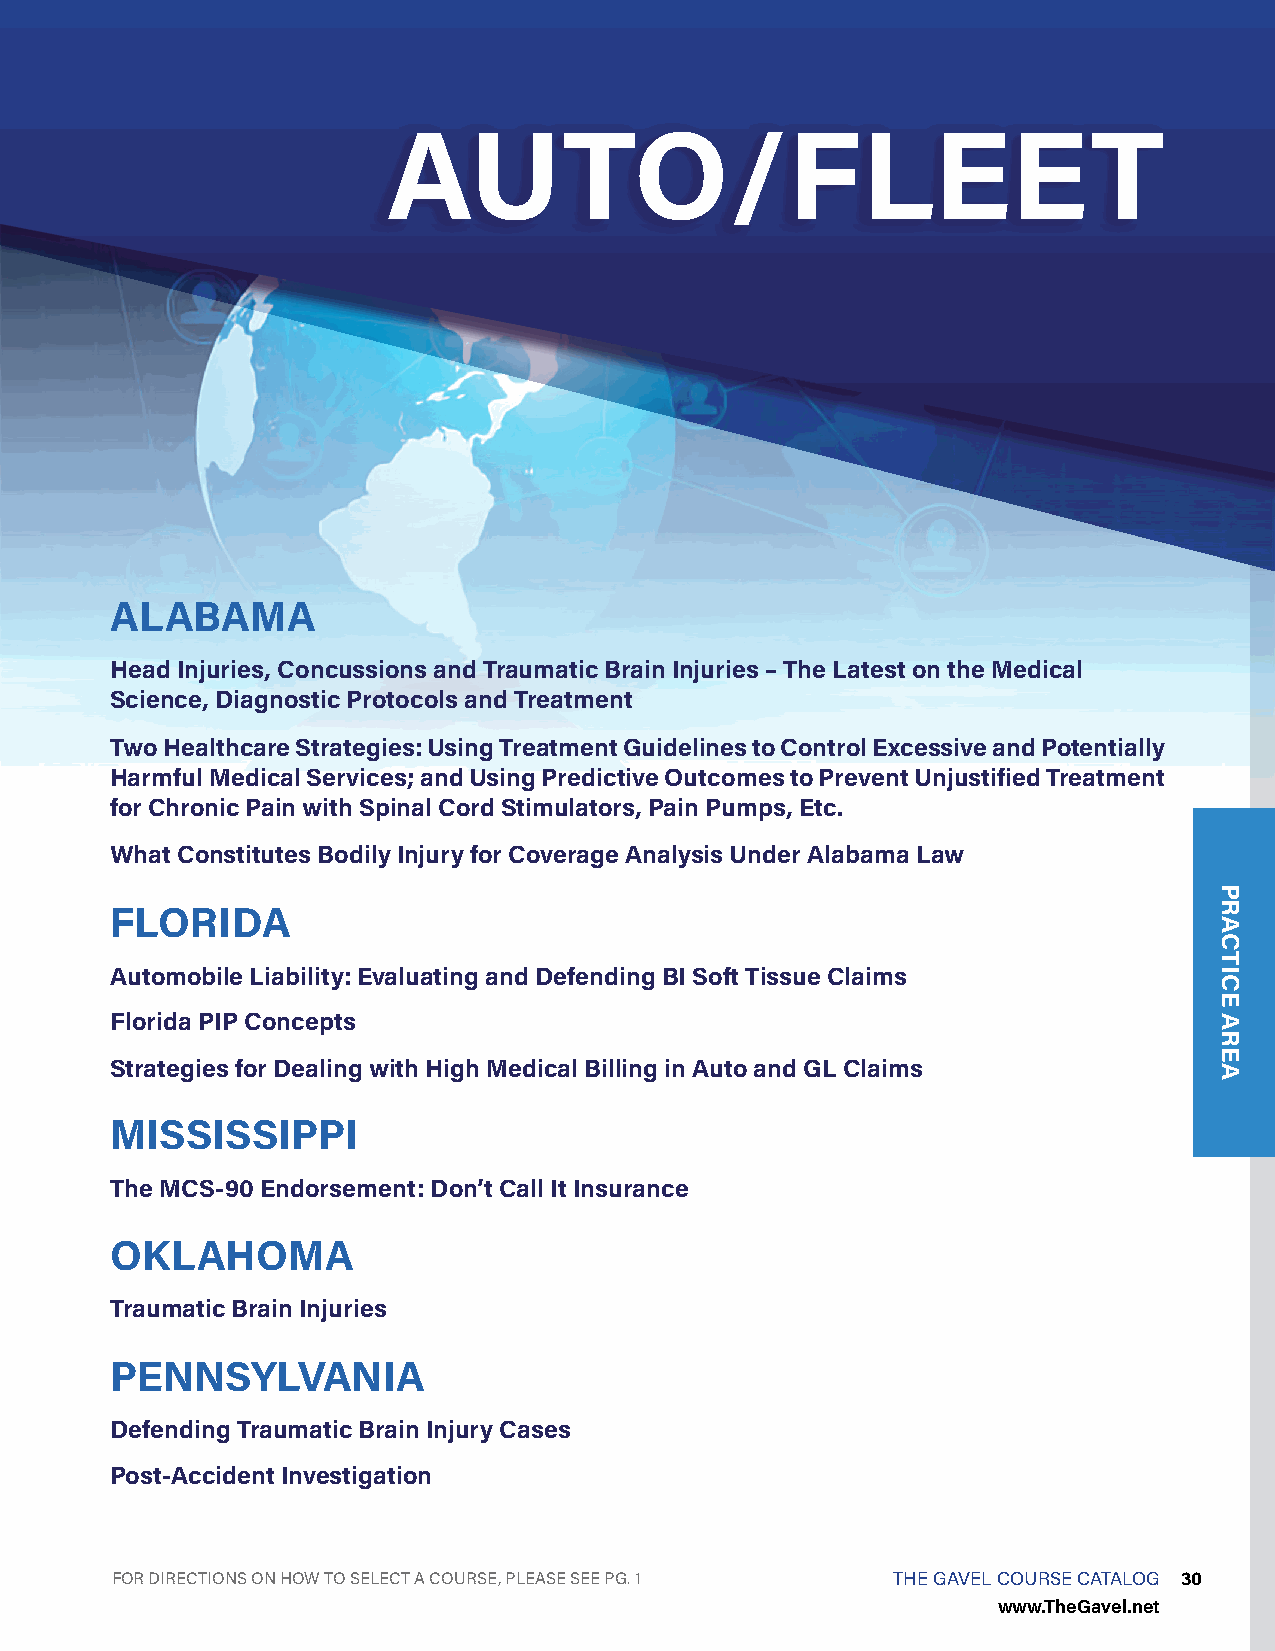
AUTO/FLEET
 ALABAMA
 Head Injuries, Concussions and Traumatic Brain Injuries – The Latest on the Medical
 Science, Diagnostic Protocols and Treatment
 Two Healthcare Strategies: Using Treatment Guidelines to Control Excessive and Potentially
 Harmful Medical Services; and Using Predictive Outcomes to Prevent Unjustified Treatment
 for Chronic Pain with Spinal Cord Stimulators, Pain Pumps, Etc.
 What Constitutes Bodily Injury for Coverage Analysis Under Alabama Law
 FLORIDA
 Automobile Liability: Evaluating and Defending BI Soft Tissue Claims
 Florida PIP Concepts
 Strategies for Dealing with High Medical Billing in Auto and GL Claims
 MISSISSIPPI
 The MCS-90 Endorsement: Don’t Call It Insurance
 OKLAHOMA
 Traumatic Brain Injuries
 PENNSYLVANIA
 Defending Traumatic Brain Injury Cases
 Post-Accident Investigation
 FOR DIRECTIONS ON HOW TO SELECT A COURSE, PLEASE SEE PG. 1 THE GAVEL COURSE CATALOG 30
 www.TheGavel.net
 PRACTICE
 AREA